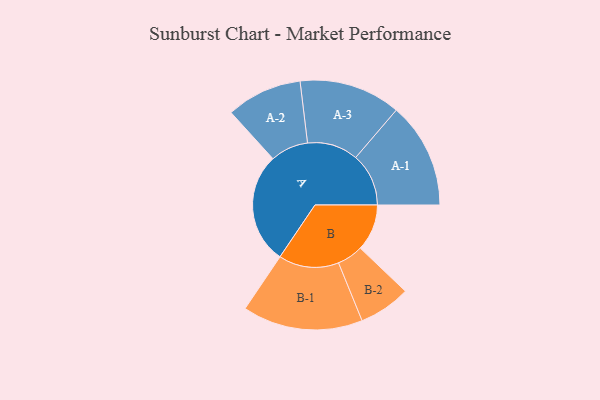
{"axis": {"x": "Segment", "y": "Value"}, "legend": ["", "A", "B"], "data": [{"x": "A", "y": 428, "type": ""}, {"x": "B", "y": 180, "type": ""}, {"x": "A-1", "y": 204, "type": "A"}, {"x": "A-2", "y": 146, "type": "A"}, {"x": "A-3", "y": 196, "type": "A"}, {"x": "B-1", "y": 232, "type": "B"}, {"x": "B-2", "y": 100, "type": "B"}]}